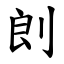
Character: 剆